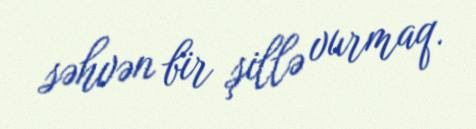
səhvən bir şillə vurmaq.